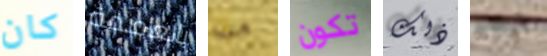
كان بالعاصمة متنا تكون ذلك ليلاند